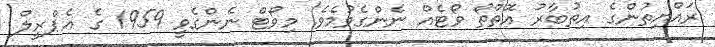
ރައްޔިތުންގެ އިތުބާރު އޮތްތޯ ވޯޓެއް ނެންގެވުމެވެ. މިވޯޓް ނެންގެވީ 1959 ގެ އެޕްރީލް